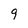
Character: 9